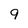
Character: 9